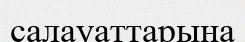
салауаттарына